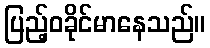
ပြည့်ဝခိုင်မာနေသည်။